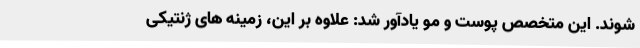
‌شوند. این متخصص پوست و مو یادآور شد: علاوه بر این، زمینه های ژنتیکی